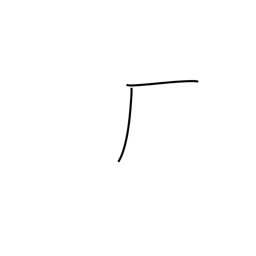
Meaning: trailing cliff radical (no. 27)